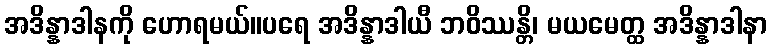
အဒိန္နာဒါနကို ဟောရမယ်။ပရေ အဒိန္နာဒါယီ ဘဝိဿန္တိ၊ မယမေတ္ထ အဒိန္နာဒါနာ